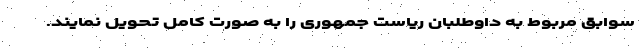
سوابق مربوط به داوطلبان ریاست جمهوری را به صورت کامل تحویل نمایند.